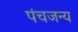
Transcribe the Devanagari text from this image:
पंचजन्य